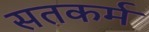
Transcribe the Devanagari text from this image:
सतकर्म